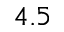
4 . 5